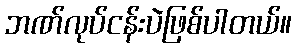
ဘဏ်လုပ်ငန်းပဲဖြစ်ပါတယ်။